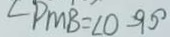
\angle P M B = \angle O = 9 0 ^ { \circ }